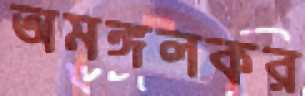
অমঙ্গলকর